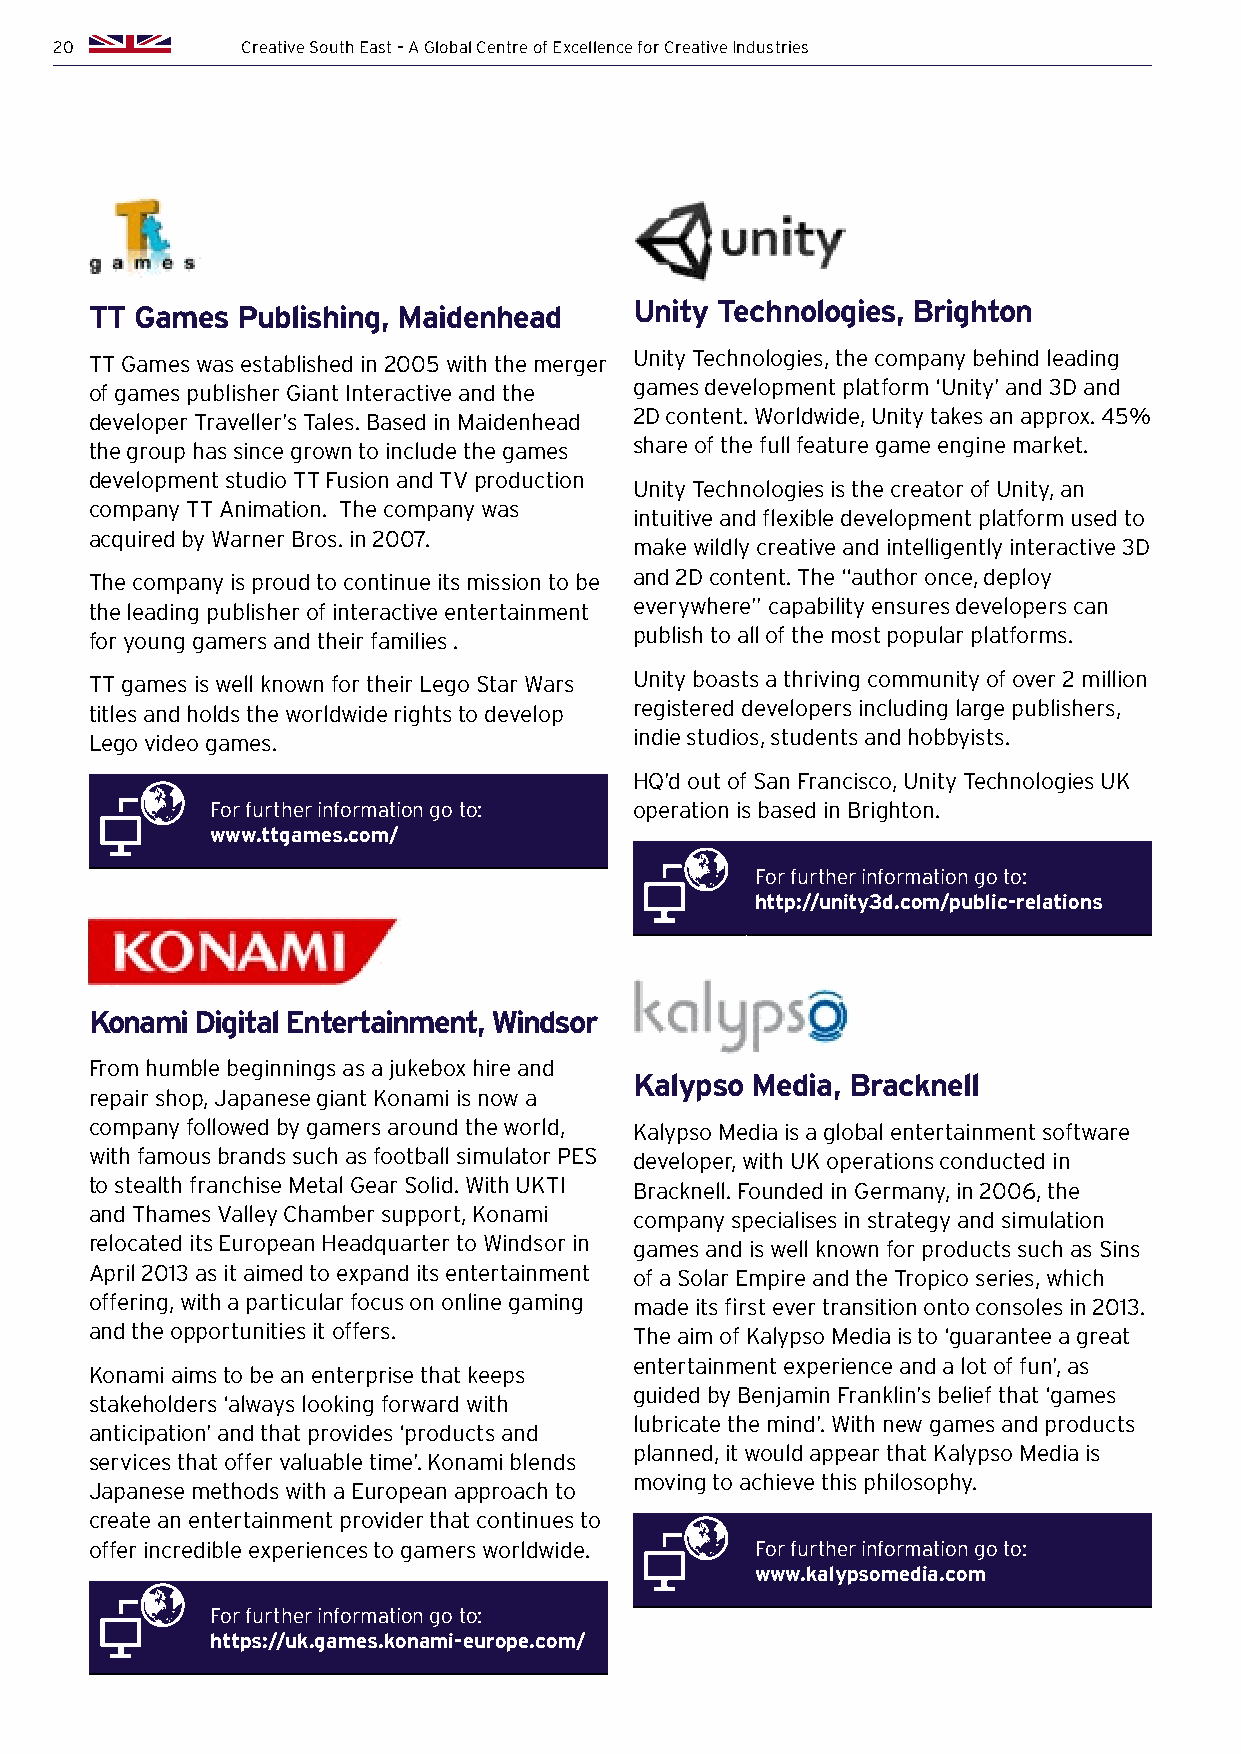
20          Creative South East – A Global Centre of Excellence for Creative Industries
 TT Games  Publishing, Maidenhead    Unity Technologies, Brighton
 TT Games was established in 2005 with the merger Unity Technologies, the company behind leading
 of games publisher Giant Interactive and the games development platform ‘Unity’ and 3D and
 developer Traveller’s Tales. Based in Maidenhead 2D content. Worldwide, Unity takes an approx. 45%
 the group has since grown to include the games share of the full feature game engine market.
 development studio TT Fusion and TV production
 Unity Technologies is the creator of Unity, an
 company TT Animation. The company was
 intuitive and flexible development platform used to
 acquired by Warner Bros. in 2007.
 make wildly creative and intelligently interactive 3D
 The company is proud to continue its mission to be and 2D content. The “author once, deploy
 the leading publisher of interactive entertainment everywhere” capability ensures developers can
 for young gamers and their families . publish to all of the most popular platforms.
 TT games is well known for their Lego Star Wars Unity boasts a thriving community of over 2 million
 titles and holds the worldwide rights to develop registered developers including large publishers,
 Lego video games.                   indie studios, students and hobbyists.
 HQ’d out of San Francisco, Unity Technologies UK
 For further information go to: operation is based in Brighton.
 www.ttgames.com/
 For further information go to:
 http://unity3d.com/public-relations
 Konami Digital Entertainment, Windsor
 From humble beginnings as a jukebox hire and
 Kalypso Media, Bracknell
 repair shop, Japanese giant Konami is now a
 company followed by gamers around the world, Kalypso Media is a global entertainment software
 with famous brands such as football simulator PES developer, with UK operations conducted in
 to stealth franchise Metal Gear Solid. With UKTI Bracknell. Founded in Germany, in 2006, the
 and Thames Valley Chamber support, Konami company specialises in strategy and simulation
 relocated its European Headquarter to Windsor in games and is well known for products such as Sins
 April 2013 as it aimed to expand its entertainment of a Solar Empire and the Tropico series, which
 offering, with a particular focus on online gaming made its first ever transition onto consoles in 2013.
 and the opportunities it offers.    The aim of Kalypso Media is to ‘guarantee a great
 entertainment experience and a lot of fun’, as
 Konami aims to be an enterprise that keeps
 guided by Benjamin Franklin’s belief that ‘games
 stakeholders ‘always looking forward with
 lubricate the mind’. With new games and products
 anticipation’ and that provides ‘products and
 planned, it would appear that Kalypso Media is
 services that offer valuable time’. Konami blends
 moving to achieve this philosophy.
 Japanese methods with a European approach to
 create an entertainment provider that continues to
 offer incredible experiences to gamers worldwide. For further information go to:
 www.kalypsomedia.com
 For further information go to:
 https://uk.games.konami-europe.com/